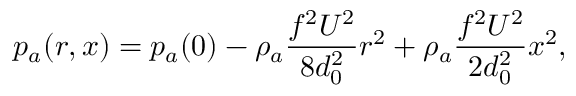
p _ { a } ( r , x ) = p _ { a } ( 0 ) - \rho _ { a } \frac { f ^ { 2 } U ^ { 2 } } { 8 d _ { 0 } ^ { 2 } } r ^ { 2 } + \rho _ { a } \frac { f ^ { 2 } U ^ { 2 } } { 2 d _ { 0 } ^ { 2 } } x ^ { 2 } ,